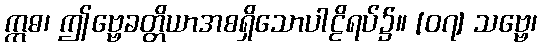
ဣဓ၊ ဤဗ္ဗေခတ္တိယာအစရှိသောပါဠိရပ်၌။ [၀၇] သဗ္ဗေ၊